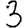
Digit: 3